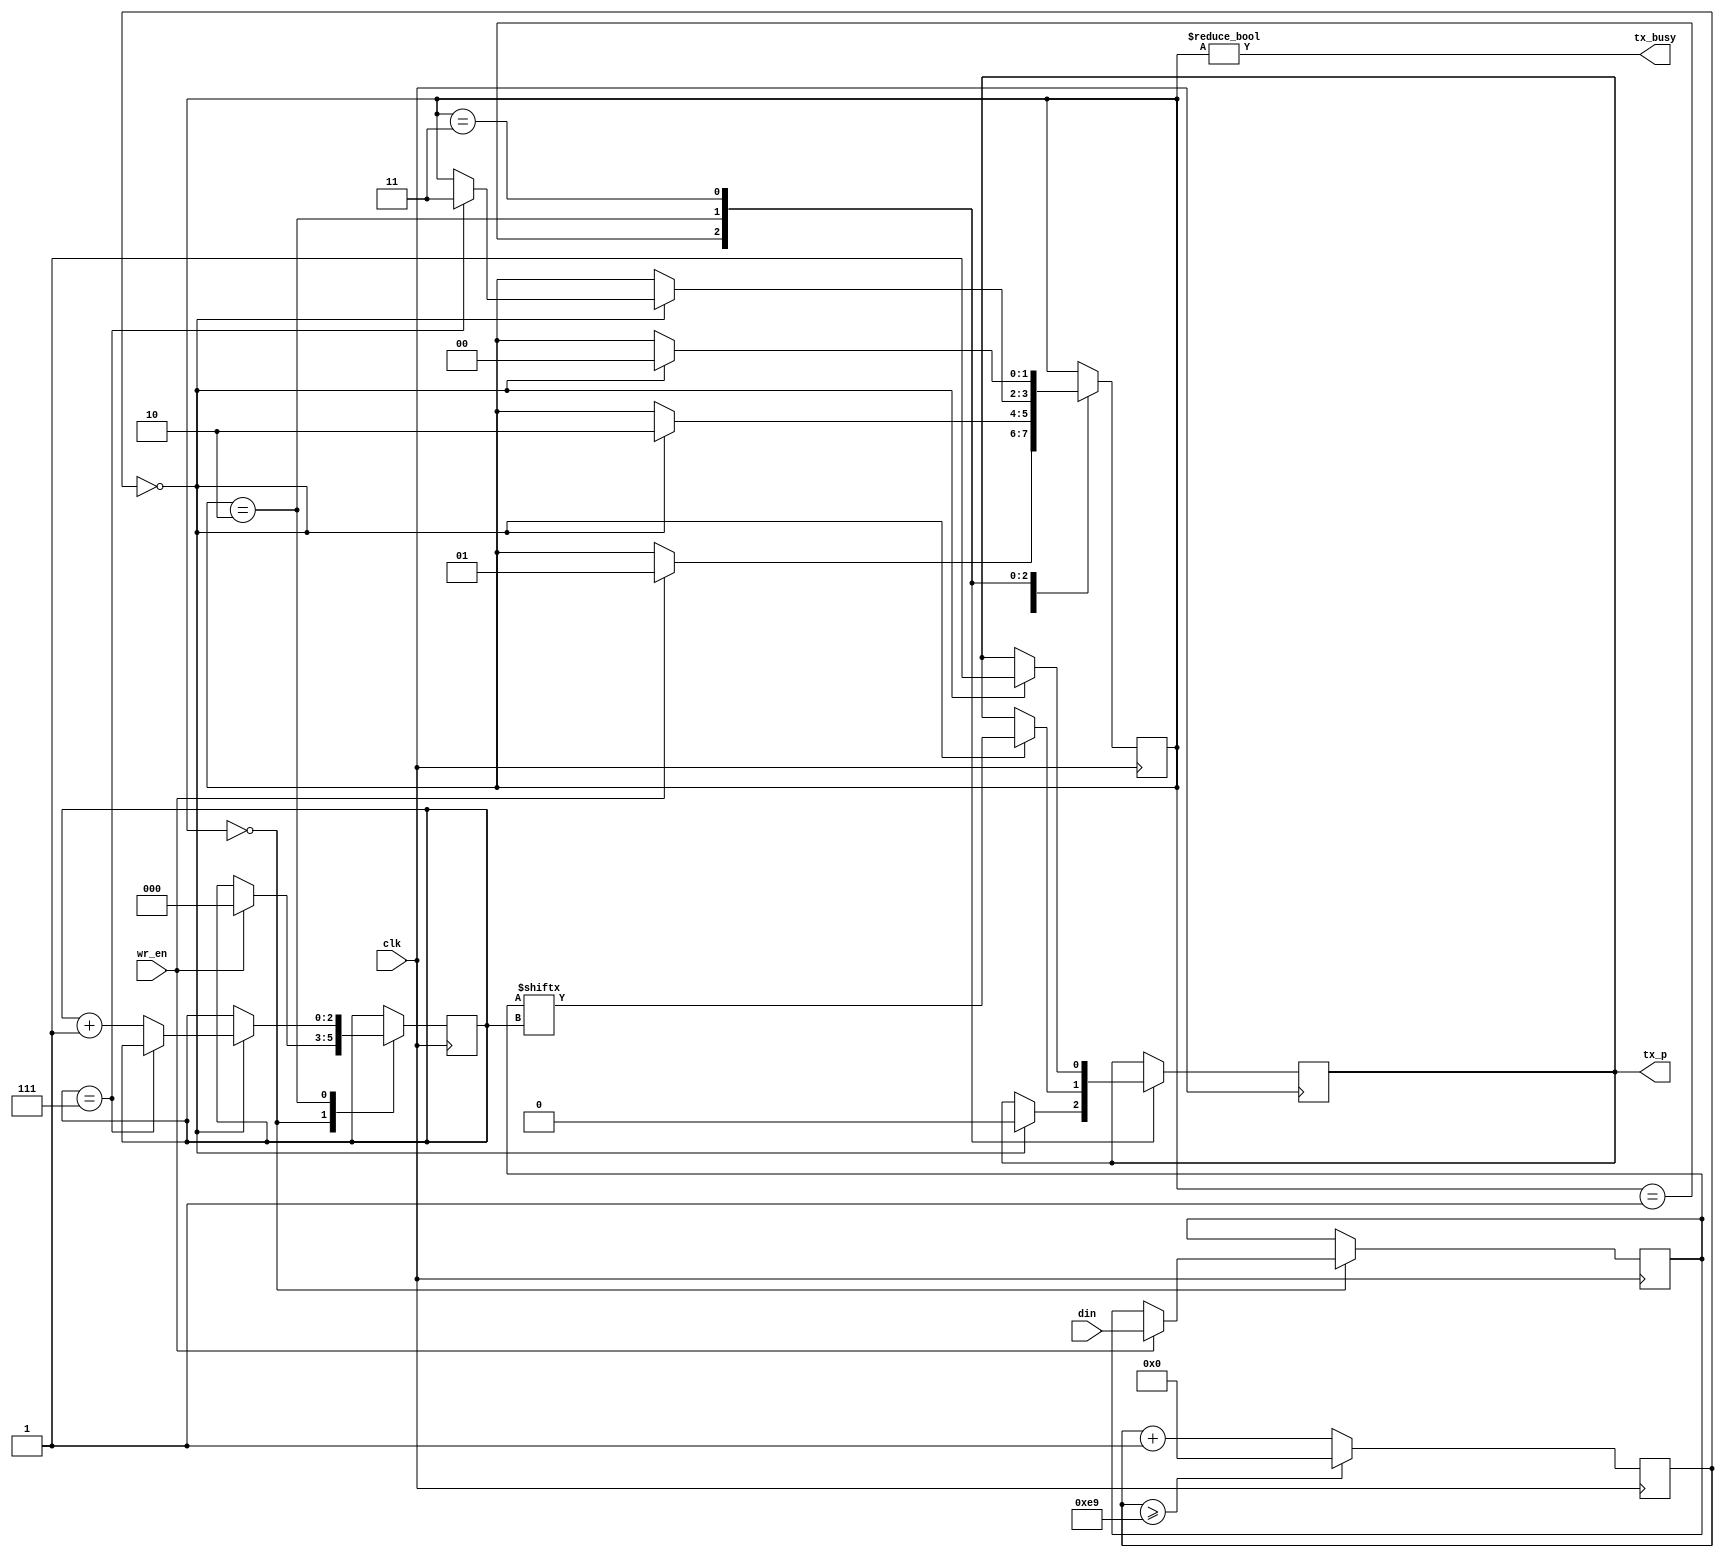
module uart_tx_V2(
    input wire clk,
    input wire [7:0] din,
    input wire wr_en,
    output wire tx_busy,

    output reg tx_p    
);

initial begin
    tx_p = 1'b1;
end

parameter clk_freq = 27000000;
parameter uart_freq = 115200;

localparam STATE_IDLE	= 2'b00;
localparam STATE_START	= 2'b01;
localparam STATE_DATA	= 2'b10;
localparam STATE_STOP	= 2'b11;

reg[7:0] localdin;
reg localwr_en;

//always@(posedge clk)begin
always@(*)begin	
    localdin<=din;
    localwr_en<=wr_en;
end

reg [7:0] data= 8'h00;
reg [2:0] bitpos= 3'h0;
reg [1:0] state= STATE_IDLE;

wire tx_clk;

localparam TX_CLK_MAX = (clk_freq / uart_freq)-1;

reg[$clog2(TX_CLK_MAX+1)+1:0] tx_clkcnt;

assign tx_clk = (tx_clkcnt == 0);

initial tx_clkcnt=0;

always @(posedge clk) begin
	if (tx_clkcnt >= TX_CLK_MAX)
		tx_clkcnt <= 0;
	else
		tx_clkcnt <= tx_clkcnt + 1;
end
	

always @(posedge clk) begin
	case (state)
	STATE_IDLE: begin
		if (localwr_en) begin
			state <= STATE_START;
			data <= localdin;
			bitpos <= 3'h0;
		end
	end
	STATE_START: begin
		if (tx_clk) begin
			tx_p <= 1'b0;
			state <= STATE_DATA;
		end
	end
	STATE_DATA: begin
		if (tx_clk) begin
			if (bitpos == 3'h7)
				state <= STATE_STOP;
			else
				bitpos <= bitpos + 3'h1;
			tx_p <= data[bitpos];
		end
	end
	STATE_STOP: begin
		if (tx_clk) begin
			tx_p <= 1'b1;
			state <= STATE_IDLE;
		end
	end
	default: begin
		tx_p <= 1'b1;
		state <= STATE_IDLE;
	end
	endcase
end

assign tx_busy = (state != STATE_IDLE);

endmodule